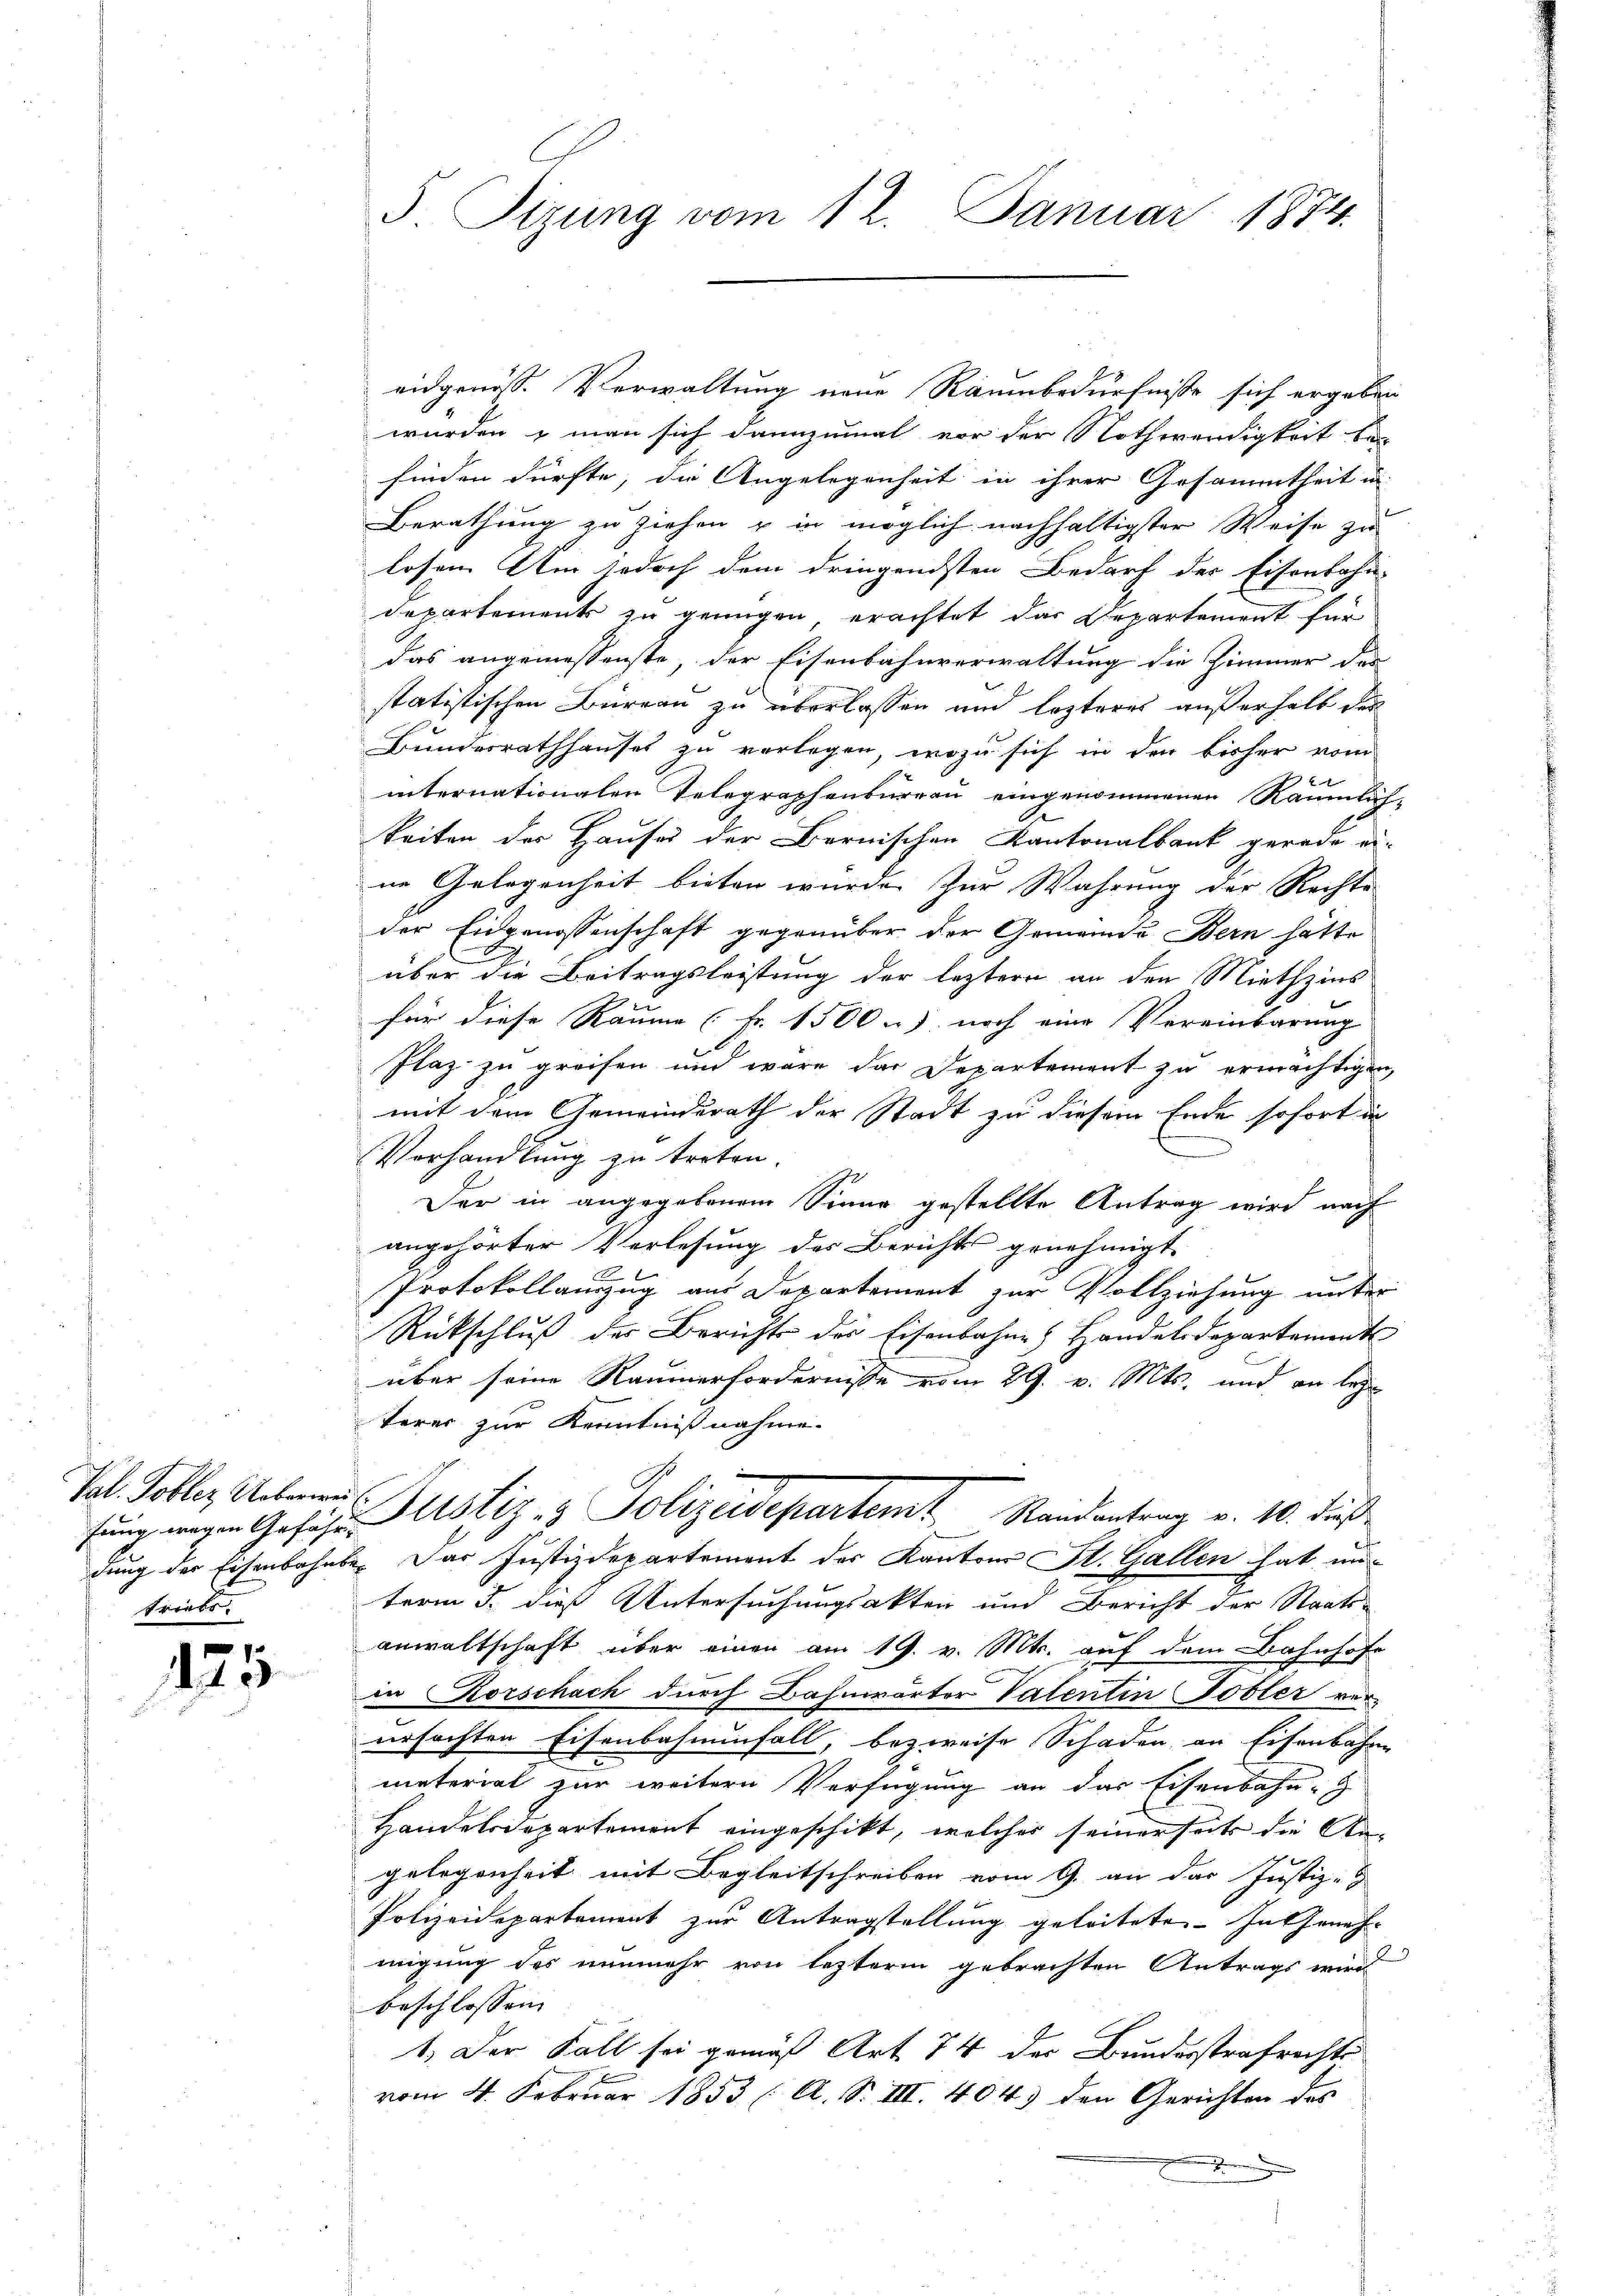
fung wegen Geführu
triebs

175

5 Sizung vom 12. Januar 1874.

eidgenöss. Verwaltung neue Raumbedürfniße sich ergeben
wurden, man sich dannzumal vor der Nothwendigkeit a
finden dürfte, die Angelegenheit in ihrer Gesammtheit in
Berathung zu ziehen & in möglich nachhaltigster Weise zu
losen. Um jedoch dem dringendsten Bedarf der Eisenbahn-
Departement zu genügen, erachtet das Departement für
das angemessenste, der Eisenbahnverwaltung die Zimmer der
statistischen Büreau zu überlassen und lezteres außerhalb der
Bundesrathhauses zu verlegen, wozu sich in den bisher vom
internationalen Telegraphenbureau eingenommenen Räumlich-
keiten des Hauses der Bernischen Kantonalbank gerade ei-
ne Gelegenheit bieten würde. Zur Wahrung der Rechte
der Eidgenossenschaft gegenüber der Gemeinde Bern hätte
über die Beitragsleistung der leztern an den Miethzinsfür diese Raume (Fr. 1500 u. noch eine Vereinbarung
Plaz zu greifen und wäre der Departement zu ermächtigen,
mit dem Gemeinderath der Stadt zu diesem Ende sofort in
Verhandlung zu treten.
Der in angegebenem Sinne gestellte Antrag wird nach
angehörter Verlesung des Berichts genehmigt
Protokollauszug aus Departement zur Vollziehung unter
Rückschluß der Berichts der Eisenbahne Handelsdepartament
über seine Raumerfordernisse vom 29. v. Mts. und an leg
terer zur Kenntnißnahme.
Tal. Tobler Acten Justiz- & Polizeidepartemt Randantrag v. 10. dieß
dung der Eisenbahnbe. Der Justizdepartement der Kantons St. Gallen hat un-
term 3. dies Untersuchungsakten und Bericht der Staats-
anwaltschaft über einen am 19. v. Mts. auf dem Bahnhofe
in Korschach durch Bahnwärter Valentin obler verursachten Eisenbahnenfall, bezweife Schaden an Eisenbahre
meterial zur weitern Verfügung an das Eisenbahn-
Handelsdepartement eingeschikt, welcher seinerseits die An-
gelegenheit mit Begleitschreiben vom 9. an das Justiz-
Polizeidepartement zur Antragstellung geleitete. In Geneh
migung des nunmehr von lezterm gebrachten Antrags wird
beschlossen:
1.) Der Fall sei gemäß Art. 74 der Bundesstrafrechts
vom 4. Februar 1853 (A. S. III. 404. den Gerichten des
x